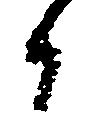
候